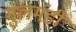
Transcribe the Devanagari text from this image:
गुलमंडी